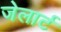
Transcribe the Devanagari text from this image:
जेलार्ट